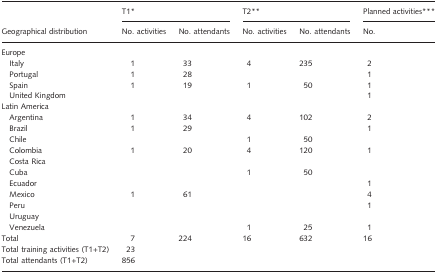
|  | <COLSPAN=2> T1* | <COLSPAN=2> T2** | Planned activities*** |
 | Geographical distribution | No. activities | No. attendants | No. activities | No. attendants | No. |
 | --- | --- | --- | --- | --- | --- |
 | <COLSPAN=6> Europe |
 | Italy | 1 | 33 | 4 | 235 | 2 |
 | Portugal | 1 | 28 |  |  | 1 |
 | Spain | 1 | 19 | 1 | 50 | 1 |
 | United Kingdom |  |  |  |  | 1 |
 | <COLSPAN=6> Latin America |
 | Argentina | 1 | 34 | 4 | 102 | 2 |
 | Brazil | 1 | 29 |  |  | 1 |
 | Chile |  |  | 1 | 50 |  |
 | Colombia | 1 | 20 | 4 | 120 | 1 |
 | Costa Rica |  |  |  |  |  |
 | Cuba |  |  | 1 | 50 |  |
 | Ecuador |  |  |  |  | 1 |
 | Mexico | 1 | 61 |  |  | 4 |
 | Peru |  |  |  |  | 1 |
 | Uruguay |  |  |  |  |  |
 | Venezuela |  |  | 1 | 25 | 1 |
 | Total | 7 | 224 | 16 | 632 | 16 |
 | Total training activities (T1+T2) | 23 |  |  |  |  |
 | Total attendants (T1+T2) | 856 |  |  |  |  |